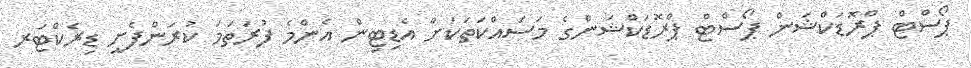
ޕޯސްޓް ޕްރޮޑަކްޝަން ޕޯސްޓް ޕްރޮޑަކްޝަންގެ މަސައްކަތަކަށް އެޑިޓިން އެންމެ ފުރަތަމަ ކުރަންފެށީ ޑިރެކްޓަރ